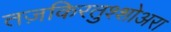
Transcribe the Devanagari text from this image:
तज़किरतुश्शोअरा